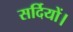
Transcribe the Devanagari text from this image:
सर्दियों।